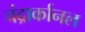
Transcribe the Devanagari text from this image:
चंद्रार्कानल